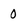
Character: O